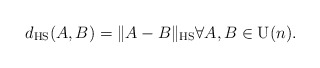
\begin{align*}d_ \textrm{HS}(A,B) = \|A-B\|_\textrm{HS} \forall A,B \in \mathrm{U}(n).\end{align*}